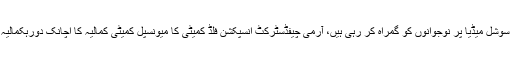
دشمن قوتیں سوشل میڈیا پر نوجوانوں کو گمراہ کر رہی ہیں، آرمی چیفڈسٹرکٹ انسپکشن فلڈ کمیٹی کا میونسپل کمیٹی کمالیہ کا اچانک دورہکمالیہ کی خبریں ۔